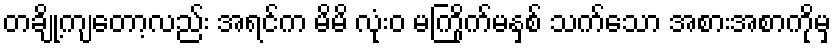
တချို့ကျတော့လည်း အရင်က မိမိ လုံးဝ မကြိုက်မနှစ် သက်သော အစားအစာကိုမှ